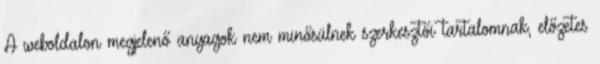
A weboldalon megjelenő anyagok nem minősülnek szerkesztői tartalomnak, előzetes